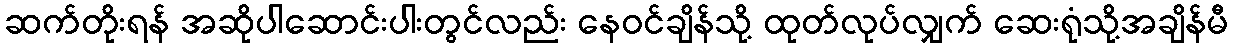
ဆက်တိုးရန် အဆိုပါဆောင်းပါးတွင်လည်း နေဝင်ချိန်သို့ ထုတ်လုပ်လျှက် ဆေးရုံသို့အချိန်မီ